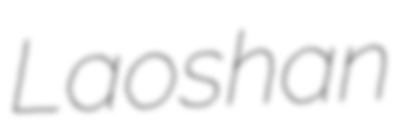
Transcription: Laoshan